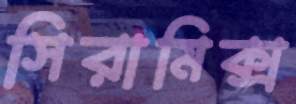
সিরামিক্স